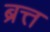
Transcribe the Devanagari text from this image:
ब्रत्त